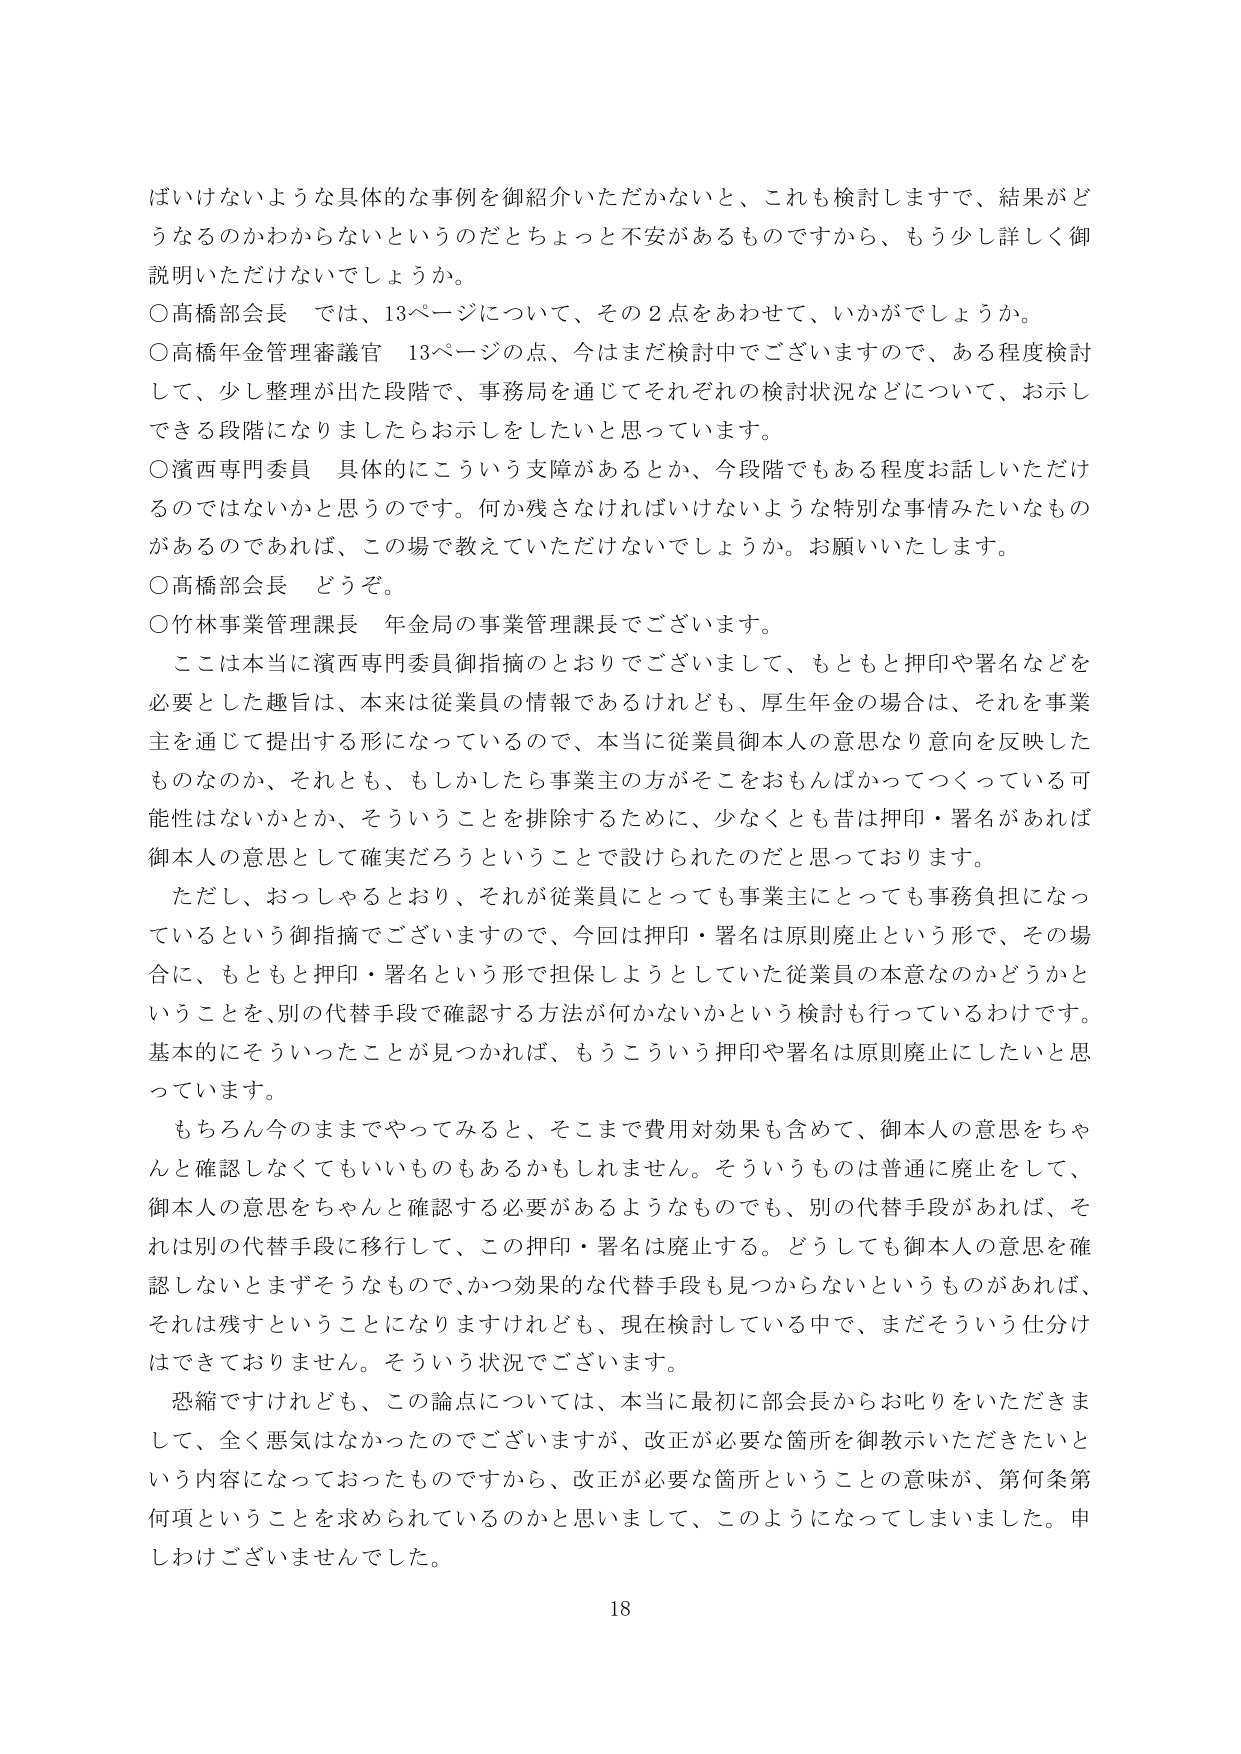
ばいけないような具体的な事例を御紹介いただかないと、これも検討しますで、結果がどうなるのかわからないというのだともっと不安があるものですから、もう少し詳しく御説明いただけないでしょうか。

○高橋部会長　では、13ページについて、その2点をあわせて、いかがでしょうか。

○高橋年金管理審議官　13ページの点、今はまだ検討中でございますので、ある程度検討して、少し整理が出た段階で、事務局を通じてそれぞれの検討状況などについて、お示しできる段階になりましたらお示しをしたいと思っています。

○濱西専門委員　具体的にこういう支障があるとか、今段階でもある程度お話しいただけるのではないかと思うのです。何か残さなければならないような特別な事情みたいなものがあるのであれば、この場で教えていただけないでしょうか。お願いいたします。

○高橋部会長　どうぞ。

○竹林事業管理課長　年金局の事業管理課長でございます。

　ここは本当に濱西専門委員御指摘のとおりでございまして、もともと押印や署名などを必要とした趣旨は、本来は従業員の情報であるけれども、厚生年金の場合は、それを事業主を通じて提出する形になっているので、本当に従業員御本人の意思なり意向を反映したものなのか、それとも、もしかしたら事業主の方がそこをおもんぱかってつくっている可能性はないかとか、そういうことを排除するために、少なくとも昔は押印・署名があれば御本人の意思として確実だろうということで設けられたのだと思っております。

　ただし、おっしゃるとおり、それが従業員にとっても事業主にとっても事務負担になっているという御指摘でございますので、今回は押印・署名は原則廃止という形で、その場合に、もともと押印・署名という形で担保しようとしていた従業員の本意なのかどうかということを、別の代替手段で確認する方法が何かないかという検討も行っているわけです。基本的にそういったことが見つかれば、もうこういう押印や署名は原則廃止にしたいと思っています。

　もちろん今のままでやってみると、そこまで費用対効果も含めて、御本人の意思をちゃんと確認しなくてもいいものもあるかもしれません。そういうものは普通に廃止をして、御本人の意思をちゃんと確認する必要があるようなものでも、別の代替手段があれば、それは別の代替手段に移行して、この押印・署名は廃止する。どうしても御本人の意思を確認しないとまずそうなもので、かつ効果的な代替手段も見つからないというものがあれば、それは残すということになりますけれども、現在検討している中で、まだそういう仕分けはできておりません。そういう状況でございます。

　恐縮ですけれども、この論点については、本当に最初に部会長からお叱りをいただきまして、全く悪気はなかったのでございますが、改正が必要な箇所を御教示いただきたいという内容になっておったものですから、改正が必要な箇所ということの意味が、第何条第何項ということを求められているのかと思いまして、このようになってしまいました。申しわけございませんでした。

18